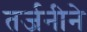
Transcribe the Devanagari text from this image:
तर्जनीने